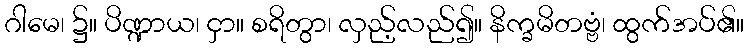
ဂါမေ၊ ၌။ ပိဏ္ဍာယ၊ ငှာ။ စရိတွာ၊ လှည့်လည်၍။ နိက္ခမိတဗ္ဗံ၊ ထွက်အပ်၏။